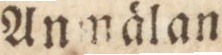
Anmälan.